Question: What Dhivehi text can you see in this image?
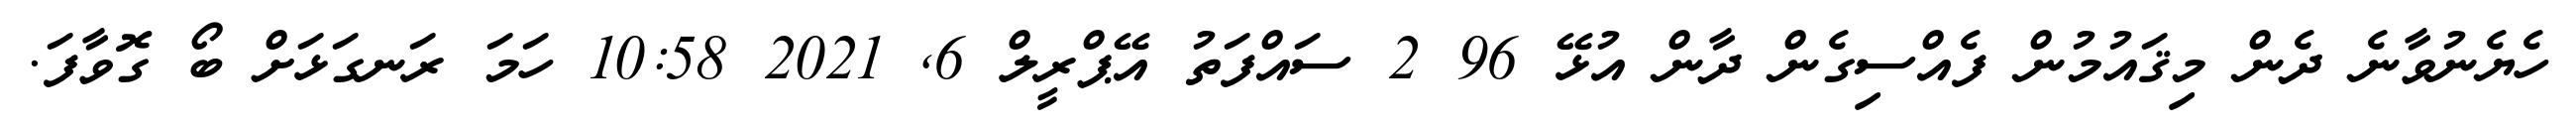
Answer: ހެޔެނުވާނެ ދެން މިޤައުމުން ފެއްސިގެން ދާން އުޅޭ 96 2 ސައްފަތު އޭޕްރީލް 6, 2021 10:58 ހަމަ ރަނގަޅަށް ބޯ ގޮވާފަ.